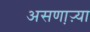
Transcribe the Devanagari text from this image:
असणा़ऱ्या